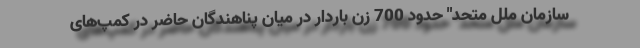
سازمان ملل متحد" حدود 700 زن باردار در میان پناهندگان حاضر در کمپ‌های